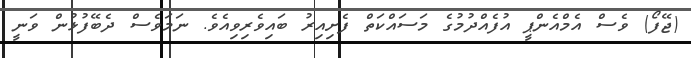
(ޖޭފޯ) ވެސް އެމްއެންޕީ އުފެއްދުމުގެ މަސައްކަތް ފެށިއިރު ބައިވެރިވިއެވެ. ނަމަވެސް ދެބޭފުޅުން ވަނީ